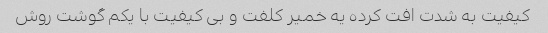
کیفیت به شدت افت کرده یه خمیر کلفت و بی کیفیت با یکم گوشت روش